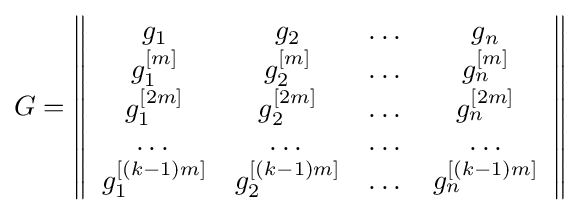
G=\left\|{\begin{array}{*{20}c}g_{1}&g_{2}&\dots &g_{n}\\g_{1}^{[m]}&g_{2}^{[m]}&\dots &g_{n}^{[m]}\\g_{1}^{[2m]}&g_{2}^{[2m]}&\dots &g_{n}^{[2m]}\\\dots &\dots &\dots &\dots \\g_{1}^{[(k-1)m]}&g_{2}^{[(k-1)m]}&\dots &g_{n}^{[(k-1)m]}\end{array}}\right\|